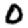
Digit: 0